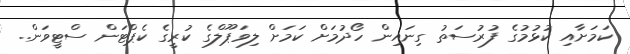
ކަމަށާއި ކުޅުމުގެ ފުރުސަތު ގިނައިން ހޯދުމަށް ކަމަށް ލިވަޕޫލްގެ ކުރީގެ ކެޕްޓަން ސްޓީވަން..